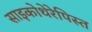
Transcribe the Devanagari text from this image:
साइकोथेरेपिस्त